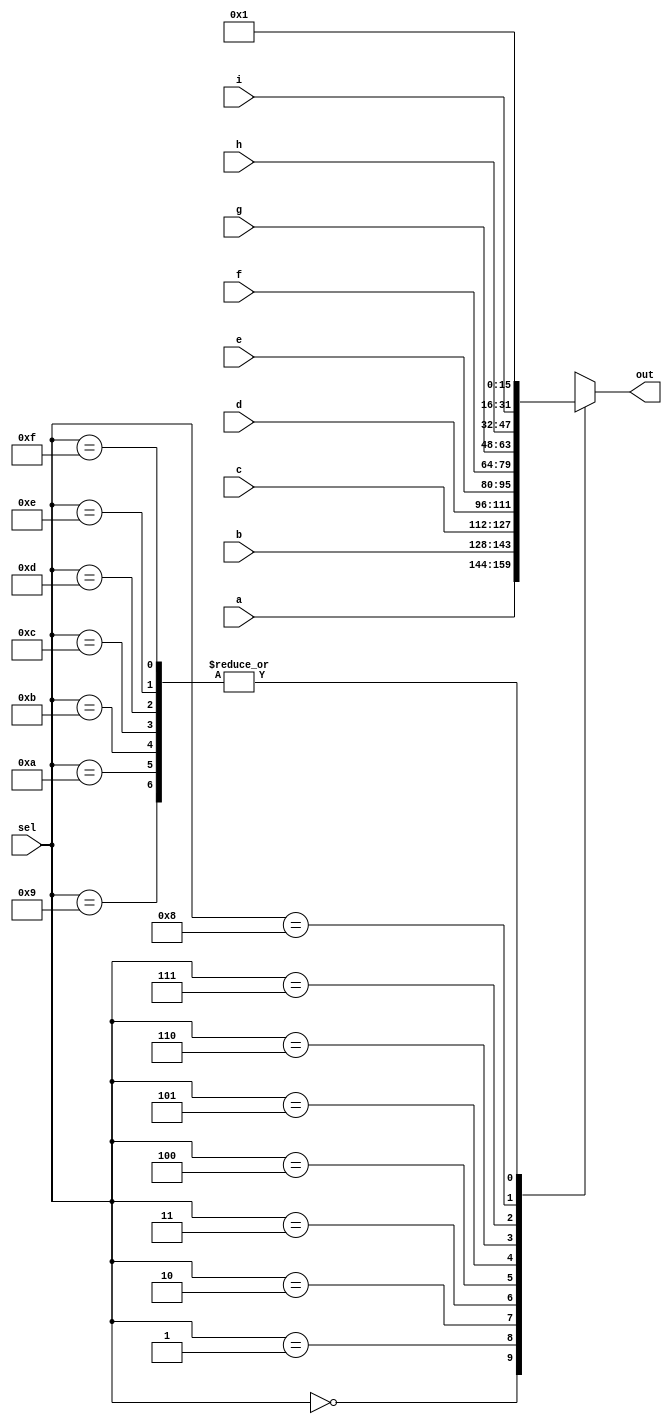
module top_module( 
    input [15:0] a, b, c, d, e, f, g, h, i,
    input [3:0] sel,
    output [15:0] out );

    always @(sel or a or b or c or d or e or f or g or h or i) begin
        case (sel)
            0: out <= a;
            1: out <= b;
            2: out <= c;
            3: out <= d;
            4: out <= e;
            5: out <= f;
            6: out <= g;
            7: out <= h;
            8: out <= i;
            9: out <= 1'hFF;
            10: out <= 1'hFF;
            11: out <= 1'hFF;
            12: out <= 1'hFF;
            13: out <= 1'hFF;
            14: out <= 1'hFF;
            15: out <= 1'hFF;
        endcase
    end

endmodule